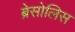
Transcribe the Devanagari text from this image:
ब्रेसोलिस